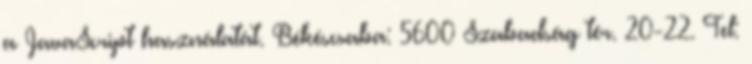
a JavaScript használatát. Békéscsaba: 5600 Szabadság tér. 20-22. Tel: